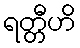
ရတ္တီဟိ